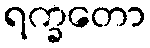
ရက္ခတော